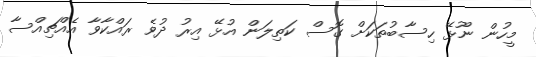
މީހުން ނޫޅޭ ހިސާބުތަކަށް ގޮސް ކަތިލަން އުޅޭ އިރު ދުވެ ރައްކާވާ އެއްޗިއްސާ